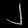
Digit: ၂